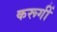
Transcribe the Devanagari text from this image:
करूगीं